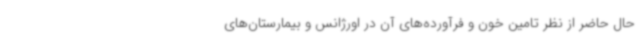
حال حاضر از نظر تامین خون و فرآورده‌های آن در اورژانس و بیمارستان‌های